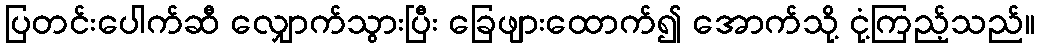
ပြတင်းပေါက်ဆီ လျှောက်သွားပြီး ခြေဖျားထောက်၍ အောက်သို့ ငုံ့ကြည့်သည်။